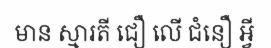
មាន ស្មារតី ជឿ លើ ជំនឿ អ្វី